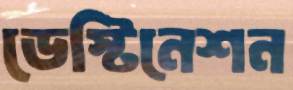
ডেস্টিনেশন